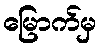
မြောက်မှ